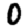
Digit: 0